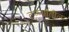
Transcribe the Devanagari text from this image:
टप्प्यांतील